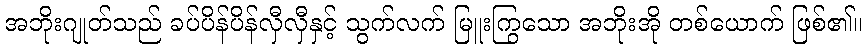
အဘိုးဂျုတ်သည် ခပ်ပိန်ပိန်လှီလှီနှင့် သွက်လက် မြူးကြွသော အဘိုးအို တစ်ယောက် ဖြစ်၏။